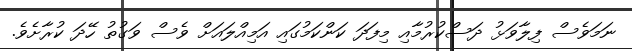
ނަމަވެސް ފިލާވަޅު ދަސްކުރުމާއި މިފަދަ ކަންކަމުގައި އަމިއްލައަށް ވެސް ވަގުތު ހޭދަ ކުރާށެވެ.